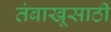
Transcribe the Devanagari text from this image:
तंबाखूसाठी